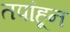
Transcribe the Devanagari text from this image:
तपांहून